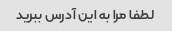
لطفا مرا به این آدرس ببرید